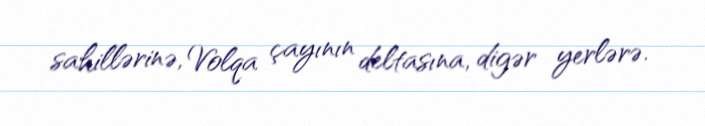
sahillərinə, Volqa çayının deltasına, digər yerlərə.